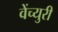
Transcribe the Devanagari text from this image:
वेंच्युरी